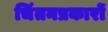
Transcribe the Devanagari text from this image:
चिंतनप्रकारों